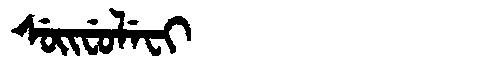
Manchu: ᠰᡠᡳᠸᡠᠯᡝᠸᡳ
Romanization: SUIFULEFI